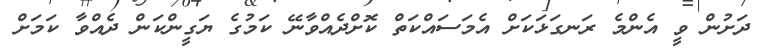
ދަށުން ވީ އެންމެ ރަނގަޅަކަށް އެމަސައްކަތް ކޮށްދެއްވާނޭ ކަމުގެ ޔަގީންކަން ދެއްވާ ކަމަށް